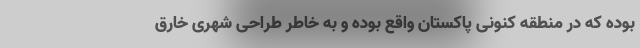
بوده که در منطقه کنونی پاکستان واقع بوده و به خاطر طراحی شهری خارق